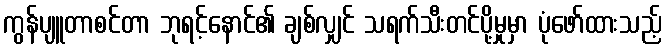
ကွန်ပျူတာစင်တာ ဘုရင့်နောင်၏ ချစ်လျှင် သရက်သီးတင်ပို့မှုမှာ ပုံဖော်ထားသည့်